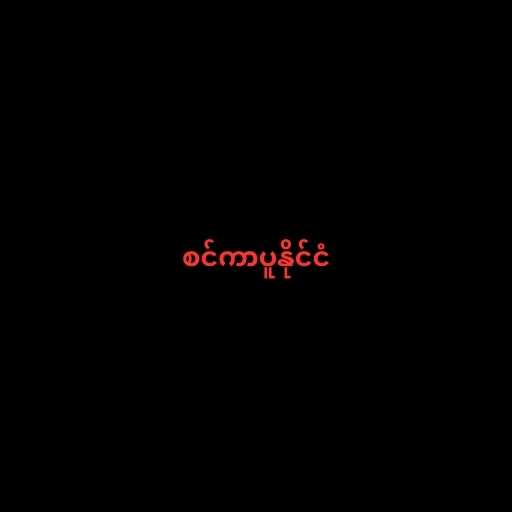
စင်ကာပူနိုင်ငံ